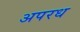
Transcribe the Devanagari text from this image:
अपरध